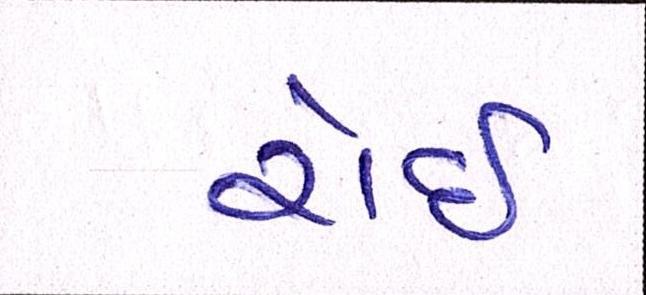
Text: રોઇ